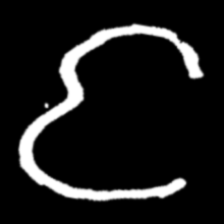
Pyu character \u2014 Myanmar letter: င (romanized: nga)